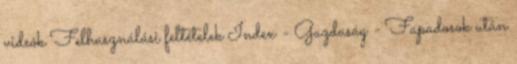
videók Felhasználási feltételek Index - Gazdaság - Fapadosok után